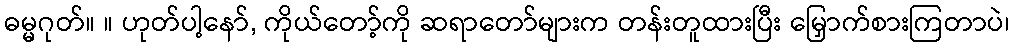
ဓမ္မဂုတ်။ ။ ဟုတ်ပါ့နော်, ကိုယ်တော့်ကို ဆရာတော်များက တန်းတူထားပြီး မြှောက်စားကြတာပဲ၊